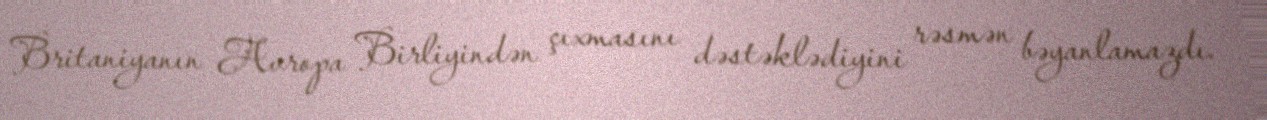
Britaniyanın Avropa Birliyindən çıxmasını dəstəklədiyini rəsmən bəyanlamazdı.